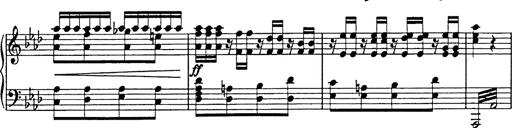
Title: 8 Variations
Composer: Franz Liszt
Key: A-flat major